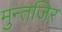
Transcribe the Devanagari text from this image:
मुन्तजिर